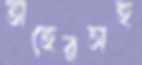
তাহেরসহ